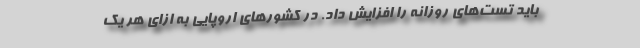
باید تست‌های روزانه را افزایش داد. در کشورهای اروپایی به ازای هر یک